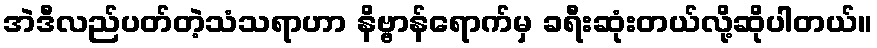
အဲဒီလည်ပတ်တဲ့သံသရာဟာ နိဗ္ဗာန်ရောက်မှ ခရီးဆုံးတယ်လို့ဆိုပါတယ်။